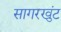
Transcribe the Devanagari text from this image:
सागरखुंट